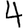
Digit: 4